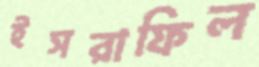
ইসরাফিল